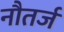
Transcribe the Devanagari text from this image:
नौतर्ज